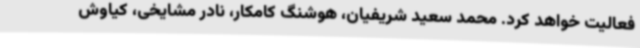
فعالیت خواهد کرد. محمد سعید شریفیان، هوشنگ کامکار، نادر مشایخی، کیاوش